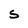
Character: S